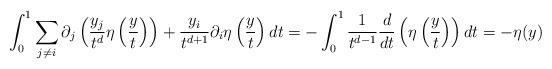
LaTeX: \begin{align*}\int _0^1 \sum _{j\neq i}\partial _j\left (\frac{y_j}{t^d}\eta \left (\frac{y}{t} \right) \right) + \frac{y_i}{t^{d+1}}\partial _i \eta \left ( \frac{y}{t} \right) dt= - \int _0^1 \frac{1}{t^{d-1}}\frac{d}{dt}\left (\eta \left (\frac{y}{t} \right ) \right)dt=-\eta (y)\end{align*}